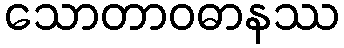
သောတာဝဓာနဿ